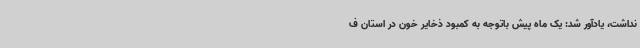
نداشت، یادآور شد: یک ماه پیش باتوجه به کمبود ذخایر خون در استان ف